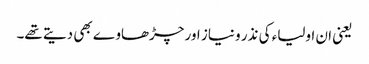
یعنی ان اولیاء کی نذر و نیاز اور چڑھاوے بھی دیتے تھے۔